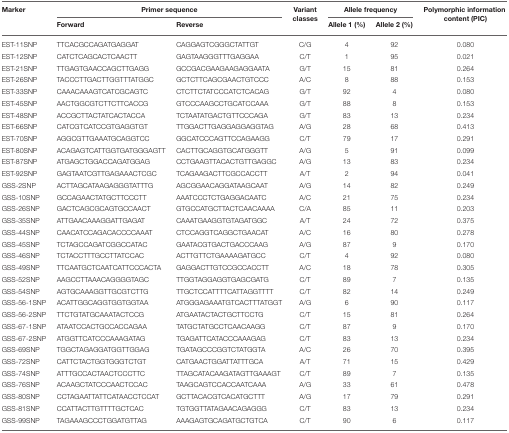
<table><thead><tr><td><b>Marker</b></td><td colspan="2"><b>Primer sequence</b></td><td><b>Variant classes</b></td><td colspan="2"><b>Allele frequency</b></td><td><b>Polymorphic information content (PIC)</b></td></tr><tr><td></td><td><b>Forward</b></td><td><b>Reverse</b></td><td></td><td><b>Allele 1 (%)</b></td><td><b>Allele 2 (%)</b></td><td></td></tr></thead><tbody><tr><td>EST-11SNP</td><td>TTCACGCCAGATGAGGAT</td><td>CAGGAGTCGGGCTATTGT</td><td>C/G</td><td>4</td><td>92</td><td>0.080</td></tr><tr><td>EST-12SNP</td><td>CATCTCAGCACTCAACTT</td><td>GAGTAAGGGTTTGAGGAA</td><td>C/T</td><td>1</td><td>95</td><td>0.021</td></tr><tr><td>EST-21SNP</td><td>TTGAGTGAACCAGCTTGAGG</td><td>GCCGACGAAGAAGAGGAATA</td><td>G/T</td><td>15</td><td>81</td><td>0.264</td></tr><tr><td>EST-26SNP</td><td>TACCCTTGACTTGGTTTATGGC</td><td>GCTCTTCAGCGAACTGTCCC</td><td>A/C</td><td>8</td><td>88</td><td>0.153</td></tr><tr><td>EST-33SNP</td><td>CAAACAAAGTCATCGCAGTC</td><td>CTCTTCTATCCCATCTCACAG</td><td>G/T</td><td>92</td><td>4</td><td>0.080</td></tr><tr><td>EST-45SNP</td><td>AACTGGCGTCTTCTTCACCG</td><td>GTCCCAAGCCTGCATCCAAA</td><td>G/T</td><td>88</td><td>8</td><td>0.153</td></tr><tr><td>EST-48SNP</td><td>ACCGCTTACTATCACTACCA</td><td>TCTAATATGACTGTTCCCAGA</td><td>G/T</td><td>83</td><td>13</td><td>0.234</td></tr><tr><td>EST-66SNP</td><td>CATCGTCATCCGTGAGGTGT</td><td>TTGGACTTGAGGAGGAGGTAG</td><td>A/G</td><td>28</td><td>68</td><td>0.413</td></tr><tr><td>EST-70SNP</td><td>AGGCGTTGAAATGCAGGTCC</td><td>GGCATCCCAGTTCCAGAAGG</td><td>C/T</td><td>79</td><td>17</td><td>0.291</td></tr><tr><td>EST-80SNP</td><td>ACAGAGTCATTGGTGATGGGAGTT</td><td>CACTTGCAGGTGCATGGGTT</td><td>A/G</td><td>5</td><td>91</td><td>0.099</td></tr><tr><td>EST-87SNP</td><td>ATGAGCTGGACCAGATGGAG</td><td>CCTGAAGTTACACTGTTGAGGC</td><td>A/G</td><td>13</td><td>83</td><td>0.234</td></tr><tr><td>EST-92SNP</td><td>GAGTAATCGTTGAGAAACTCGC</td><td>TCAGAAGACTTCGCCACCTT</td><td>A/T</td><td>2</td><td>94</td><td>0.041</td></tr><tr><td>GSS-2SNP</td><td>ACTTAGCATAAGAGGGTATTTG</td><td>AGCGGAACAGGATAAGCAAT</td><td>A/G</td><td>14</td><td>82</td><td>0.249</td></tr><tr><td>GSS-10SNP</td><td>GCCAGAACTATGCTTCCCTT</td><td>AAATCCCTCTGAGGACAATC</td><td>A/C</td><td>21</td><td>75</td><td>0.234</td></tr><tr><td>GSS-26SNP</td><td>GACTCAGCGCAGTGCCAACT</td><td>GTGCCATGCTTACTCAACAAAA</td><td>C/A</td><td>85</td><td>11</td><td>0.203</td></tr><tr><td>GSS-35SNP</td><td>ATTGAACAAAGGATTGAGAT</td><td>CAAATGAAGGTGTAGATGGC</td><td>A/T</td><td>24</td><td>72</td><td>0.375</td></tr><tr><td>GSS-44SNP</td><td>CAACATCCAGACACCCCAAAT</td><td>CTCCAGGTCAGGCTGAACAT</td><td>A/C</td><td>16</td><td>80</td><td>0.278</td></tr><tr><td>GSS-45SNP</td><td>TCTAGCCAGATCGGCCATAC</td><td>GAATACGTGACTGACCCAAG</td><td>A/G</td><td>87</td><td>9</td><td>0.170</td></tr><tr><td>GSS-46SNP</td><td>TCTACCTTTGCCTTATCCAC</td><td>ACTTGTTCTGAAAAGATGCC</td><td>C/T</td><td>4</td><td>92</td><td>0.080</td></tr><tr><td>GSS-49SNP</td><td>TTCAATGCTCAATCATTCCCACTA</td><td>GAGGACTTGTCCGCCACCTT</td><td>A/C</td><td>18</td><td>78</td><td>0.305</td></tr><tr><td>GSS-52SNP</td><td>AAGCCTTAAACAGGGGTAGC</td><td>TTGGTAGGAGGTGAGCGATG</td><td>C/T</td><td>89</td><td>7</td><td>0.135</td></tr><tr><td>GSS-54SNP</td><td>AGTGCAAAGGTTGCGTCTTG</td><td>TTGCTCCATTTTCATTAGGTTTT</td><td>C/T</td><td>82</td><td>14</td><td>0.249</td></tr><tr><td>GSS-56-1SNP</td><td>ACATTGGCAGGTGGTGGTAA</td><td>ATGGGAGAAATGTCACTTTATGGT</td><td>A/G</td><td>6</td><td>90</td><td>0.117</td></tr><tr><td>GSS-56-2SNP</td><td>TTCTGTATGCAAATACTCCG</td><td>ATGAATACTACTGCTTCCTG</td><td>C/T</td><td>15</td><td>81</td><td>0.264</td></tr><tr><td>GSS-67-1SNP</td><td>ATAATCCACTGCCACCAGAA</td><td>TATGCTATGCCTCAACAAGG</td><td>C/T</td><td>87</td><td>9</td><td>0.170</td></tr><tr><td>GSS-67-2SNP</td><td>ATGGTTCATCCCAAAGATAG</td><td>TGAGATTCATACCCAAAGAG</td><td>C/T</td><td>83</td><td>13</td><td>0.234</td></tr><tr><td>GSS-69SNP</td><td>TGGCTAGAGGATGGTTGGAG</td><td>TGATAGCCCGGTCTATGGTA</td><td>A/C</td><td>26</td><td>70</td><td>0.395</td></tr><tr><td>GSS-72SNP</td><td>CATTCTACTGGTGGGTCTGT</td><td>CATGAACTGGATTATTTGCA</td><td>A/T</td><td>71</td><td>15</td><td>0.429</td></tr><tr><td>GSS-74SNP</td><td>ATTTGCCACTAACTCCCTTC</td><td>TTAGCATACAAGATAGTTGAAAGT</td><td>C/T</td><td>89</td><td>7</td><td>0.135</td></tr><tr><td>GSS-76SNP</td><td>ACAAGCTATCCCAACTCCAC</td><td>TAAGCAGTCCACCAATCAAA</td><td>A/G</td><td>33</td><td>61</td><td>0.478</td></tr><tr><td>GSS-80SNP</td><td>CCTAGAATTATTCATAACCTCCAT</td><td>GCTTACACGTCACATGCTTT</td><td>A/G</td><td>17</td><td>79</td><td>0.291</td></tr><tr><td>GSS-81SNP</td><td>CCATTACTTGTTTTGCTCAC</td><td>TGTGGTTATAGAACAGAGGG</td><td>C/T</td><td>83</td><td>13</td><td>0.234</td></tr><tr><td>GSS-99SNP</td><td>TAGAAAGCCCTGGATGTTAG</td><td>AAAGAGTGCAGATGCTGTCA</td><td>C/T</td><td>90</td><td>6</td><td>0.117</td></tr></tbody></table>